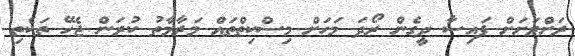
ރަށްރަށަށް ފައިސާ ދީގެން ރޯދަ މަހަށް މިސްކިތްތައް މަރާމާތު ކުރަން ޖެހޭ ތަކެތި